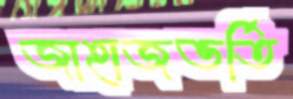
জাহাজভর্তি